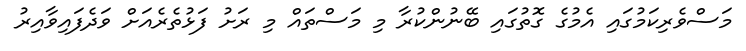
މަސްވެރިކަމުގައި އެމުގެ ގޮތުގައި ބޭނުންކުރާ މި މަސްތައް މި ރަށު ފަޅުތެރެއަށް ވަދެފައިވާއިރު